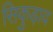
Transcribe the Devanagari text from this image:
सिकुड़ाव